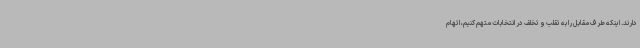
دارند. اینکه طرف مقابل را به تقلب و تخلف در انتخابات متهم کنیم، اتهام